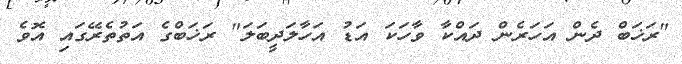
"ރަޚަބް ދެން އަހަރެން ދައްކާ ވާހަކަ އަޑު އަހާލަދީބަލަ" ރަޚަބްގެ އަތުތެރޭގައި އޮވެ